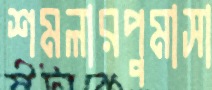
শমলারপুমাসা